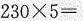
$$2 3 0 \times 5 =$$